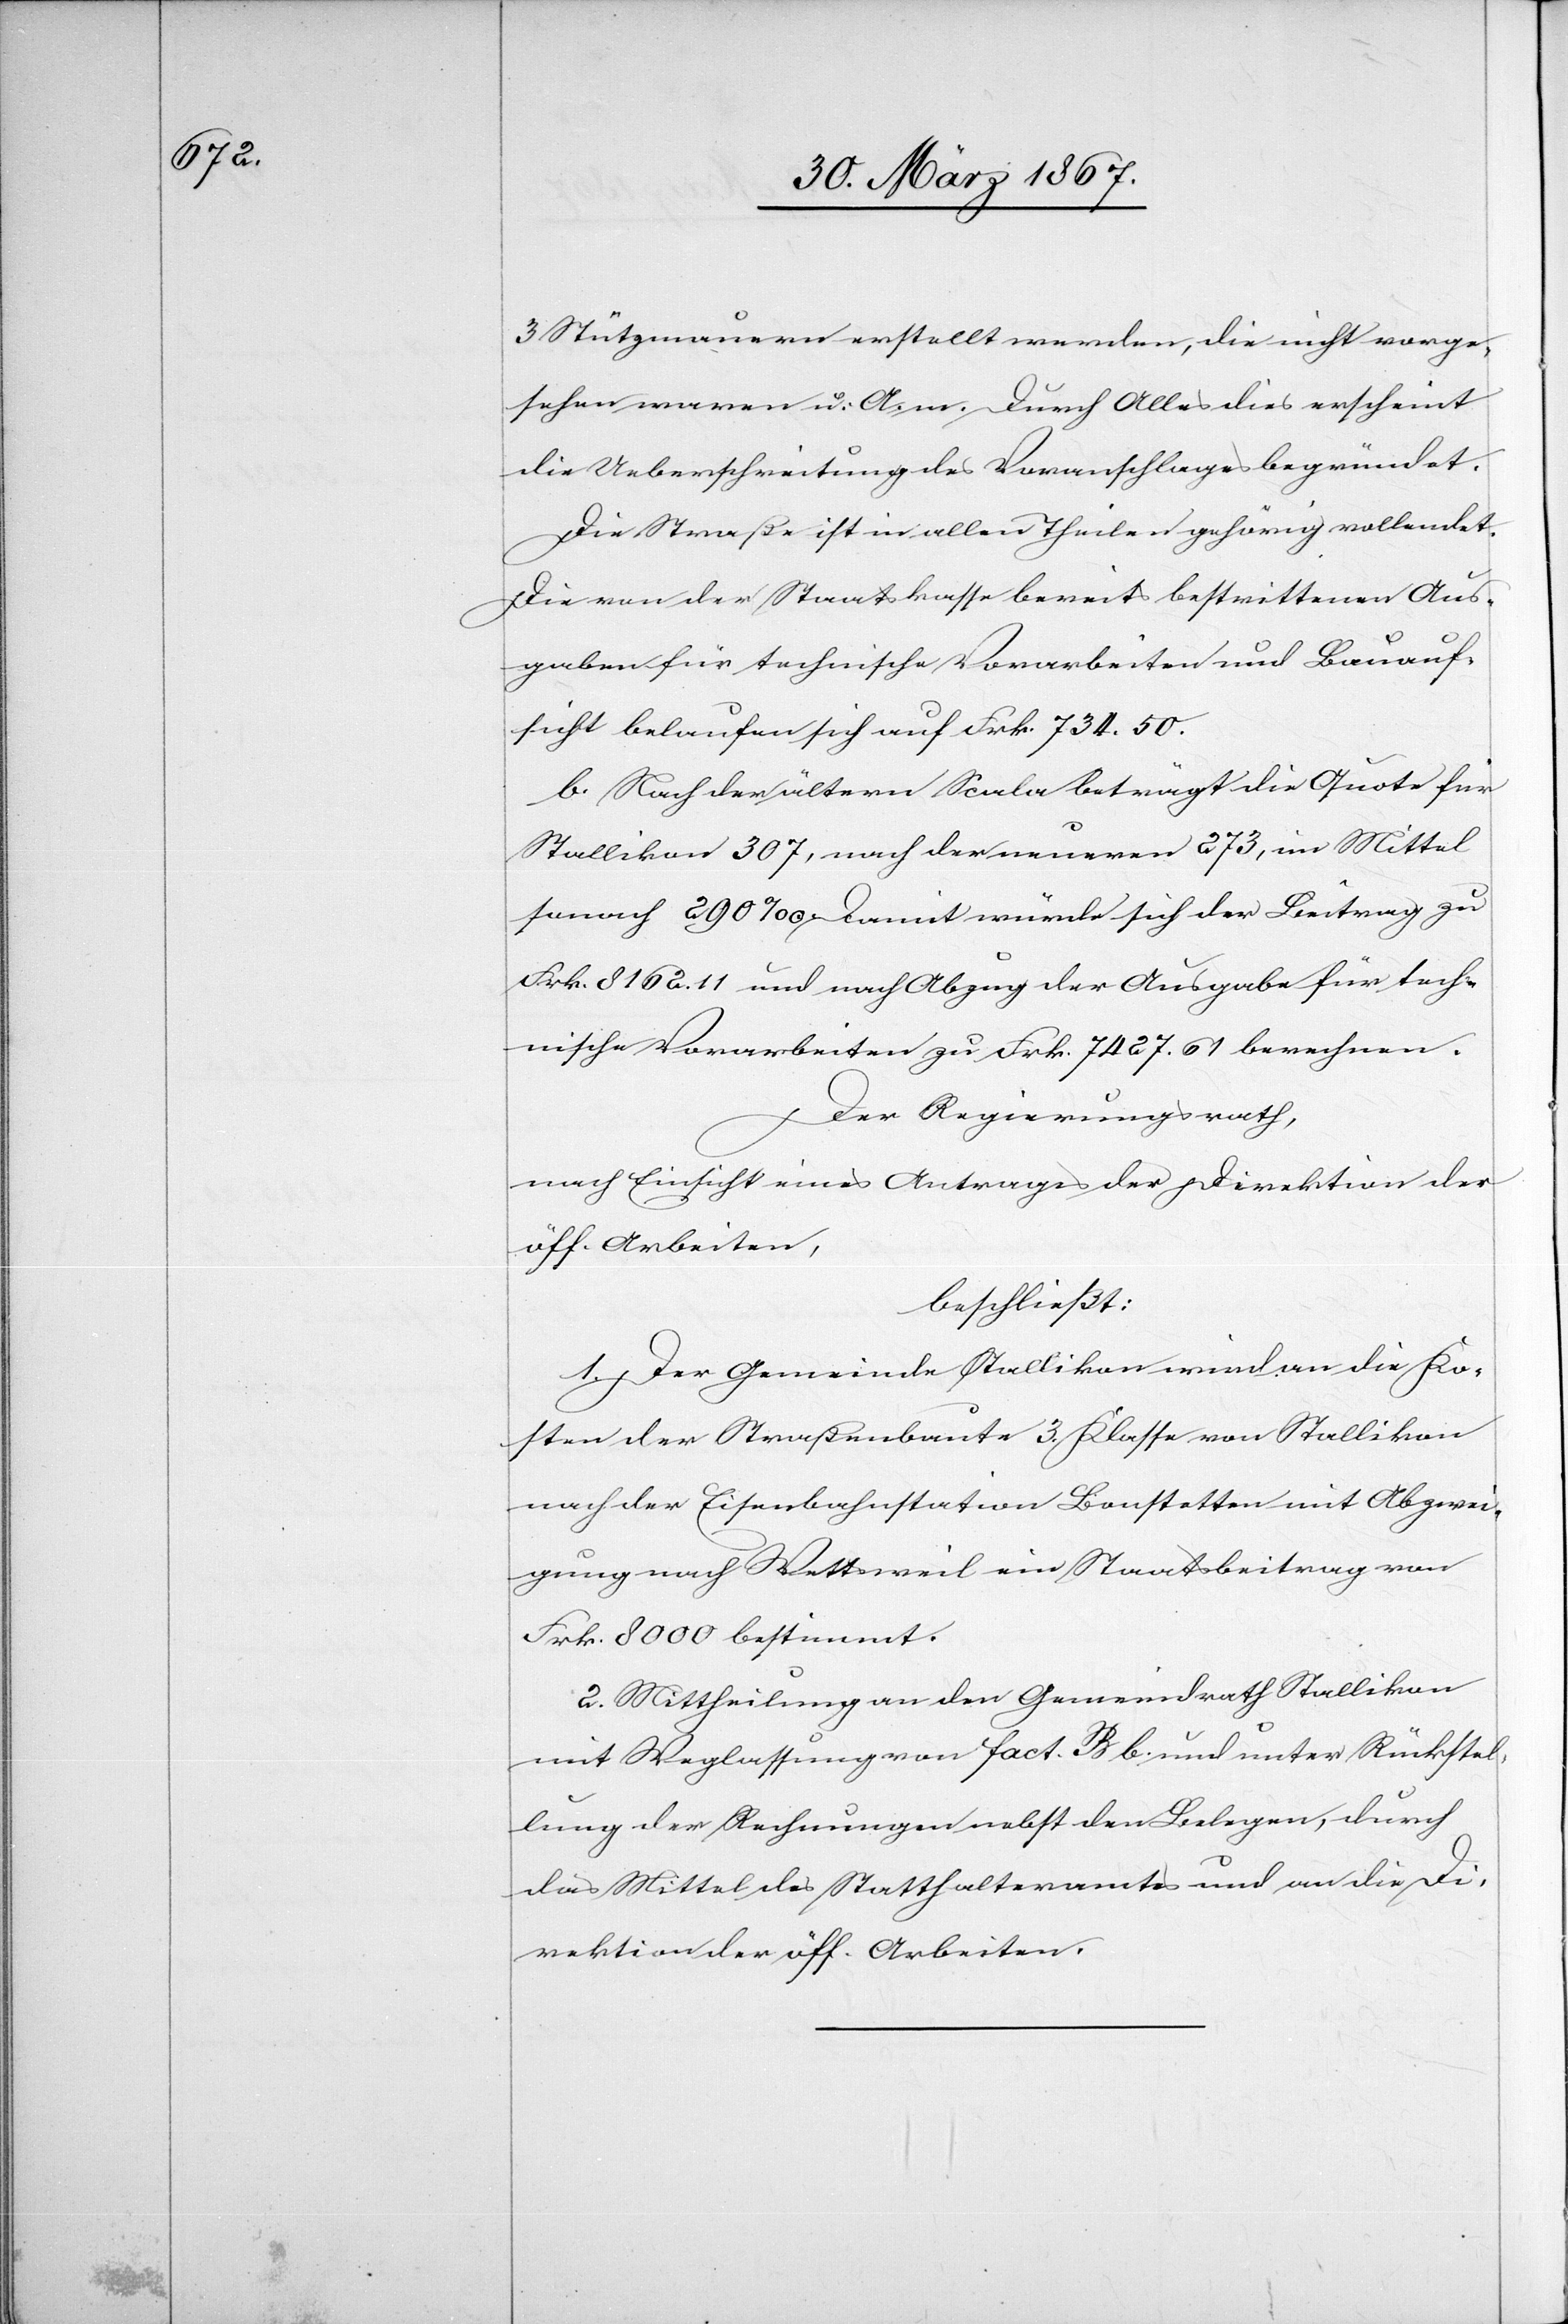
3 Stützmauern erstellt werden, die nicht vorge¬
sehen waren u. A. m. Durch Alles dies erscheint
die Ueberschreitung des Voranschlages begründet.
Die Straße ist in allen Theilen gehörig vollendet.
Die von der Staatskasse bereits bestrittenen Aus¬
gaben für technische Vorarbeiten und Bauauf¬
sicht belaufen sich auf Frk. 735.50.
b.	Nach der ältern Scala beträgt die Quote für
Stallikon 307, nach der neueren 273, im Mittel
sonach 290‰. Damit würde sich der Beitrag zu
Frk. 2162.11 und nach Abzug der Ausgabe für tech¬
nische Vorarbeiten zu Frk. 7427.61 berechnen.
Der Regierungsrath,
nach Einsicht eines Antrages der Direktion der
öff. Arbeiten,
beschließt:
1. Der Gemeinde Stallikon wird an die Ko¬
sten der Straßenbaute 3. Klasse von Stallikon
nach der Eisenbahnstation Bonstetten mit Abzwei¬
gung nach Wettsweil ein Staatsbeitrag von
Frk. 8000 bestimmt.
2. Mittheilung an den Gemeinderath Stallikon
mit Weglassung von fact. B b und unter Rückstel¬
lung der Rechnungen nebst den Belegen, durch
das Mittel des Statthalteramtes und an die D¬
irektion der öff. Arbeiten.